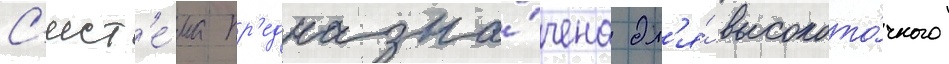
С'ист'е́ма пр'едназна́чена дл'я́ высокото́чного